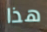
هذا